Annual vaccination report of Bihar and Orissa - 1911-1928
Year: 1911
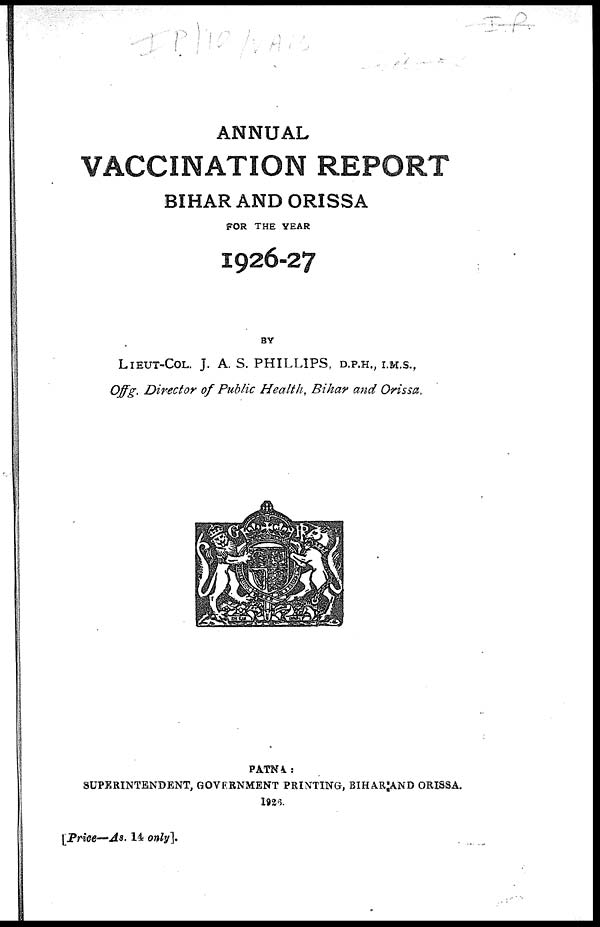
ANNUAL
VACCINATION REPORT
BIHAR AND ORISSA
FOR THE YEAR
1926-27
BY
LIEUT-COL. J. A. S. PHILLIPS, D.P.H., I.M.S.,
Offg. Director of Public Health, Bihar and Orissa.
PATNA :
SUPERINTENDENT, GOVERNMENT PRINTING, BIHAR AND ORISSA.
1926.
[Price—As. 14 only].